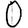
Digit: 0